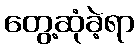
တွေ့ဆုံခဲ့ရာ